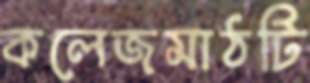
কলেজমাঠটি